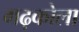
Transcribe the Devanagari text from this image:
गढ़कोला